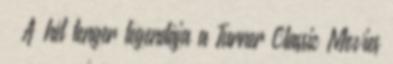
– A hét tenger legendája a Turner Classic Movies